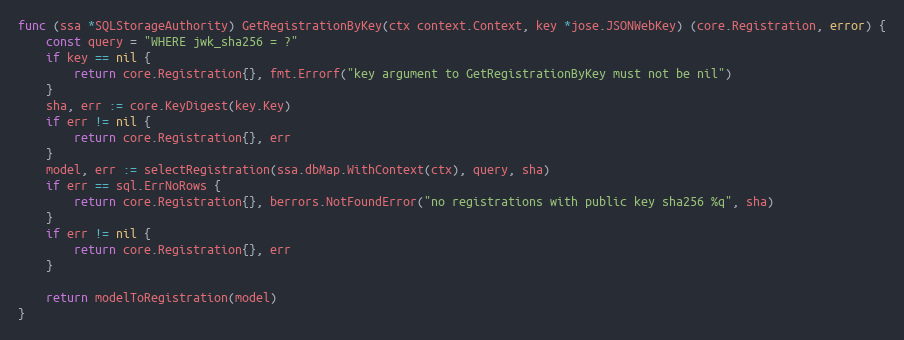
Language: Go
func (ssa *SQLStorageAuthority) GetRegistrationByKey(ctx context.Context, key *jose.JSONWebKey) (core.Registration, error) {
	const query = "WHERE jwk_sha256 = ?"
	if key == nil {
		return core.Registration{}, fmt.Errorf("key argument to GetRegistrationByKey must not be nil")
	}
	sha, err := core.KeyDigest(key.Key)
	if err != nil {
		return core.Registration{}, err
	}
	model, err := selectRegistration(ssa.dbMap.WithContext(ctx), query, sha)
	if err == sql.ErrNoRows {
		return core.Registration{}, berrors.NotFoundError("no registrations with public key sha256 %q", sha)
	}
	if err != nil {
		return core.Registration{}, err
	}

	return modelToRegistration(model)
}